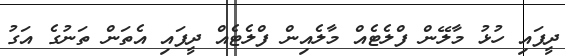
ދީފައި ހުޅު މާލޭން ފްލެޓެއް މާލެއިން ފްލެޓެއް ދީފައި އެތަން ތަނުގެ އަގު